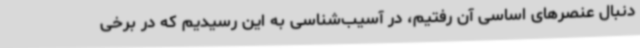
دنبال عنصرهای اساسی آن رفتیم، در آسیب‌شناسی به این رسیدیم که در برخی